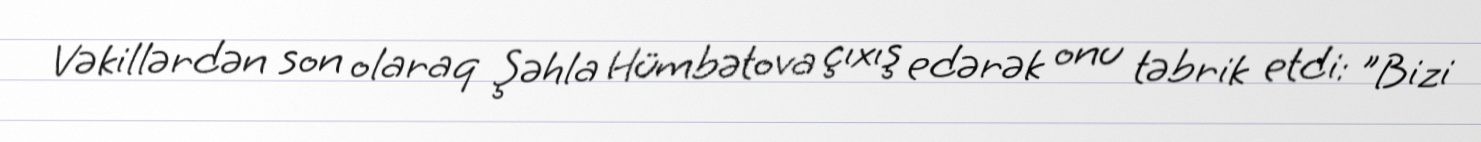
Vəkillərdən son olaraq Şəhla Hümbətova çıxış edərək onu təbrik etdi: "Bizi